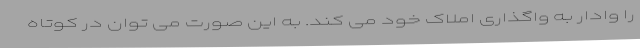
را وادار به واگذاری املاک خود می کند. به این صورت می توان در کوتاه